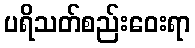
ပရိသတ်စည်းဝေးရာ